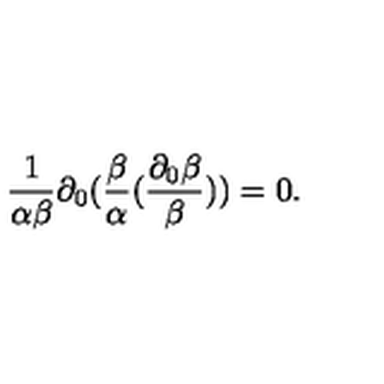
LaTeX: \frac { 1 } { \alpha \beta } \partial _ { 0 } ( \frac { \beta } { \alpha } ( \frac { \partial _ { 0 } \beta } { \beta } ) ) = 0 .